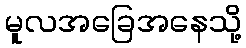
မူလအခြေအနေသို့